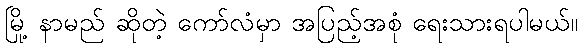
မြို့ နာမည် ဆိုတဲ့ ကော်လံမှာ အပြည့်အစုံ ရေးသားရပါမယ်။